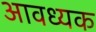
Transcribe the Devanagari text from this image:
आवध्यक